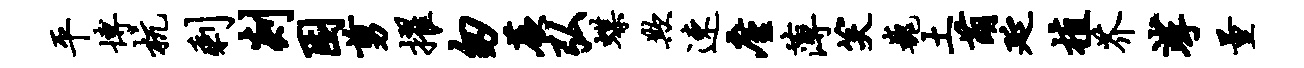
平博杭剩剡困剪擢匆蕨弘蝶欺速廑薄笑巍土萌延植芥挲量